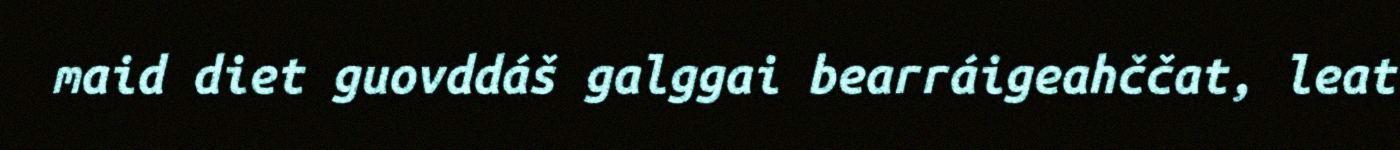
maid diet guovddáš galggai bearráigeahččat, leat